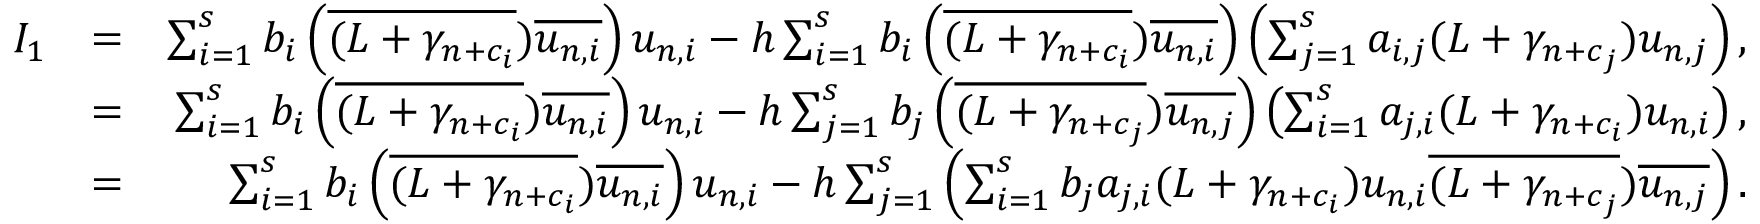
\begin{array} { r l r } { I _ { 1 } } & { = } & { \sum _ { i = 1 } ^ { s } b _ { i } \left( \overline { { ( L + \gamma _ { n + c _ { i } } } } ) \overline { { u _ { n , i } } } \right) u _ { n , i } - h \sum _ { i = 1 } ^ { s } b _ { i } \left( \overline { { ( L + \gamma _ { n + c _ { i } } } } ) \overline { { u _ { n , i } } } \right) \left( \sum _ { j = 1 } ^ { s } a _ { i , j } ( L + \gamma _ { n + c _ { j } } ) u _ { n , j } \right) , } \\ & { = } & { \sum _ { i = 1 } ^ { s } b _ { i } \left( \overline { { ( L + \gamma _ { n + c _ { i } } } } ) \overline { { u _ { n , i } } } \right) u _ { n , i } - h \sum _ { j = 1 } ^ { s } b _ { j } \left( \overline { { ( L + \gamma _ { n + c _ { j } } } } ) \overline { { u _ { n , j } } } \right) \left( \sum _ { i = 1 } ^ { s } a _ { j , i } ( L + \gamma _ { n + c _ { i } } ) u _ { n , i } \right) , } \\ & { = } & { \sum _ { i = 1 } ^ { s } b _ { i } \left( \overline { { ( L + \gamma _ { n + c _ { i } } } } ) \overline { { u _ { n , i } } } \right) u _ { n , i } - h \sum _ { j = 1 } ^ { s } \left( \sum _ { i = 1 } ^ { s } b _ { j } a _ { j , i } ( L + \gamma _ { n + c _ { i } } ) u _ { n , i } \overline { { ( L + \gamma _ { n + c _ { j } } } } ) \overline { { u _ { n , j } } } \right) . } \end{array}